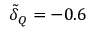
\tilde { \delta } _ { Q } = - 0 . 6